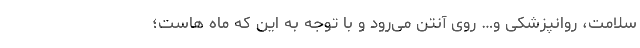
سلامت، روانپزشکی و… روی آنتن می‌رود و با توجه به این که ماه هاست؛